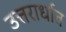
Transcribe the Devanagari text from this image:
उत्तरार्धात